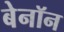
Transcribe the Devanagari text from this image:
बेनॉन